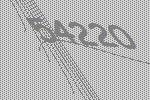
54220